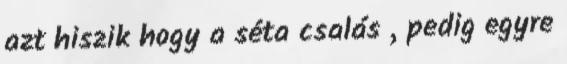
azt hiszik hogy a séta csalás , pedig egyre